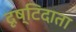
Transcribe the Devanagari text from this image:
दृष्टिदाता